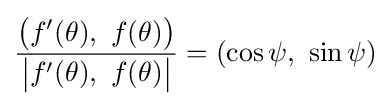
{\frac {{\big (}f'(\theta ),\ f(\theta ){\big )}}{{\big |}f'(\theta ),\ f(\theta ){\big |}}}=(\cos \psi ,\ \sin \psi )